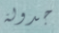
جدولة